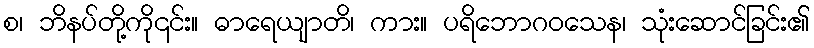
စ၊ ဘိနပ်တို့ကို၎င်း။ ဓာရေယျာတိ၊ ကား။ ပရိဘောဂဝသေန၊ သုံးဆောင်ခြင်း၏